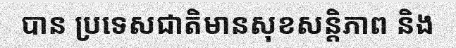
បាន ប្រទេសជាតិមានសុខសន្តិភាព និង